Sketch of the medical history of the native army of Bombay, for the year
Year: 1872
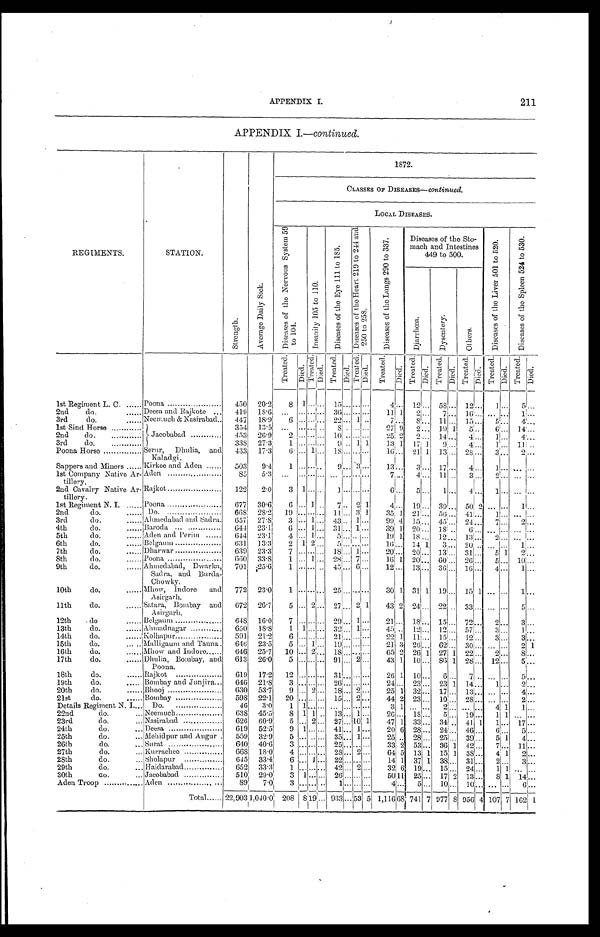
APPENDIX I.
211
APPENDIX I.—continued.
R E G I M E N T S .
S T A T I O N .
S t r e n g t h .
A v e r a g e D a i l y S i c k .
1 8 7 2 .
CLASSES OF DISEASES—continued.
L O C A L D I S E A S E S .
D i s e a s e s o f t h e N e r v o u s S y s t e m 5 9 t o 1 0 4 .
I n s a n i t y 1 0 5 t o 1 1 0 .
D i s e a s e s o f t h e E y e 1 1 1 t o 1 8 5 .
D i s e a s e s o f t h e H e a r t 2 1 9 t o 2 4 4 a n d 2 5 0 t o 2 5 8 .
D i s e a s e s o f t h e l u n g s 2 9 0 t o 3 3 7 .
D i s e a s e s o f t h e S t o - m a c h a n d I n t e s t i n e s 4 4 9 t o 5 0 0 .
D i s e a s e s o f t h e L i v e r 5 0 1 t o 5 2 0 .
D i s e a s e s o f t h e S p l e e n 5 2 4 t o 5 3 0 .
D i a r r h œ a .
D y s e n t e r y .
O t h e r s .
T r e a t e d .
D i e d .
T r e a t e d .
D i e d .
T r e a t e d .
D i e d .
T r e a t e d .
D i e d .
T r e a t e d .
D i e d .
T r e a t e d .
D i e d .
T r e a t e d . D i e d .
T r e a t e d .
D i e d
T r e a t e d .
D i e d .
T r e a t e d . D i e d .
1st Regiment L. C.
Poona 450 20·2
8
1 . . . . . .
1 5 . . . . . . . . .
4
. . .
1 2 . . .
5 8
. . .
1 2 . . .
1 . . .
5
. . .
2nd do.
Deesa and Rajkot 419 18·6 ...
. . . . . . . . . 3 6 . . . . . . . . .
1 1 1 2
. . . 7
. . .
1 6 . . . . . .
. . . 1
. . .
3rd do.
Neemuch & Nasi rabad 447 18·9
6 . . . . . . . . . 2 2 . . . 1 . . . 7
. . . 8
. . .
1 1 . . . 1 5
. . . 5
. . . 4
. . .
1st Sind Horse
Jacobabad
354 13·5 ...
. . . . . . . . . 8
. . . . . . . . .
2 7 9 2
. . .
1 9 1 5
. . . 6
. . . 1 4
. . .
2 n d d o .
453 26·9
2
. . . . . . . . .
1 0 . . . . . . . . .
2 5 2
2 . . . 1 4
. . . 4
. . . 1
. . . 4
. . .
3 r d d o .
338 27·3
1
. . . . . . . . .
9 . . . 1 1
1 3 1 1 7 1 9
. . . 4
. . . 1
. . . 1 1
. . .
Poona Horse
Ser ur , Dhul i a, and Kal adgi . 433 17·3
6
. . . 1 . . .
1 8 . . . . . . . . . 1 6
. . .
2 1 1 1 3
. . . 2 8
. . .
3 . . .
2 . . .
Sappers and Miners
Kirkee and Aden 503
9·4
1
. . . . . . . . . 9
. . . 3 . . . 1 3
. . . 3
. . .
1 7 . . .
4 . . .
1 . . . . . . . . .
1st Company Nat i ve Ar - t i l l er y.
Aden
85
5·3
. . .
. . . . . . . . . . . . . . . . . . . . . 7
. . . 4
. . . 1 1
. . . 3
. . . 2
. . . . . .
. . .
2nd Caval r y Nat i ve Ar - t i l l er y.
Rajkot 122
2·0
3
1 . . . . . .
1 . . . . . . . . . 6
. . . 5
. . . 1
. . . 4
. . . 1
. . . . . .
. . .
1st Regiment N. I.
Poona 677 30·6
6
. . . 1 . . .
7 . . . 2 1
4 . . .
1 9 . . . 3 9
. . .
5 0 2 . . . . . .
1 . . .
2nd do.
Do.
668 28·2 19
. . . . . . . . .
1 1 . . . 3 1
3 5 1 2 1 . . . 5 6
. . . 4 1
. . .
1 . . . . . . . . .
3rd do.
Ahmedabad and Sadra 657 27·8
3
. . . 1 . . .
4 3 . . . 1 . . .
9 9 4 1 5 . . . 4 5
. . . 2 4
. . . 7
. . . 2
. . .
4th
do.
B a r o d a
644 23·1
6
. . . 1 . . . 3 1
. . . 1 . . .
3 9 1 2 0 . . .
1 8 . . . 6
. . . . . . . . . . . . . . .
5th do.
Aden and Perim 644 23·1
4
. . . 1 . . . 5
. . . . . . . . .
1 9 1 1 8 . . . 1 2
. . . 1 3
. . . 2
. . . . . .
. . .
6th do.
Belgaum
6 3 1
13·3
2
1 2 . . . 5
. . . . . . . . .
1 6 . . . 1 4
1 3
. . .
2 0 . . . . . . . . . 1
. . .
7th do.
Dharwar 639 23·3
7
. . . . . . . . . 1 8
. . . 1 . . . 2 0
. . .
2 0 . . . 1 3
. . .
3 1 . . .
5 1 2
. . .
8th do.
Poona 660 33·8
1
. . . 1 . . . 2 8
. . . 7 . . .
1 6 1 2 0 . . . 6 0
. . .
2 6 . . . 5
. . . 1 0
. . .
9th do.
Ah me d a b a d , Dwa r k a , S a d r a , a n d B u r d a - C h o wl y .
701 25·6
1
. . .
. . . . . . 4 5
. . . 6 . . .
1 2
. . .
1 3 . . . 3 6
. . .
1 6 . . .
4
. . .
1 . . .
10th do.
Mhow, I ndor e and As i r gar h.
772 23·0
1
. . . . . . . . .
2 5 . . . . . . . . .
3 0 1 3 1 1 1 9 . . .
1 5 1 . . . . . . 1
. . .
11th do.
Sat ar a, Bombay and As i r gar h.
672 26·7
5
. . . 2 . . .
2 7 . . . 2
1
4 3 2 2 4
2 4
. . . 2 2 . . . 3 3 . . .
. . .
5 . . .
1 2 t h d o .
Belgaum
648 16·0
7
. . . . . . . . .
2 9 . . . 1 . . .
2 1 . . . 1 8
. . .
1 5 . . . 7 2
. . . 2
. . .
3 . . .
1 3 t h d o .
Ahmadnagar
650 18·8
1
1 1 . . .
3 2 . . . 1 . . .
4 5 . . . 1 2
. . . 1 2
. . . 5 7
. . .
3 . . . 1
. . .
1 4 t h d o .
Kolhapur
591 21·2
6
. . . . . . . . . 2 1 . . . . . . . . .
2 2 1 1 1
. . . 1 5
. . . 1 2
. . . 3
. . . 3
. . .
15th do.
M a l i g a u m a n d T a n n a 646 23·5
5
. . . . . . 1
1 9 . . . . . . . . .
2 1 3 2 6
1 6 2
1
3 0 . . . . . . . . .
2 1
16th do.
Mhow and Indore
646 25·7 10
. . . . . . 2
1 8 . . . . . . . . .
6 5 2 2 6 . . . 2 7 1 2 2 . . . 2
. . . 8
. . .
17th do.
Dhul i a, Bombay, and Poona.
613 26·0
5
. . . . . . . . .
9 1 . . . 2
. . .
4 3 1 1 0
. . .
8 6 1 2 8
. . . 1 2
. . . 5
. . .
1 8 t h d o .
Rajkot
619 17·2 12
. . . . . . . . .
3 1 . . . . . . . . .
2 6 1 1 0
. . . 6
. . .
7 . . . . . .
. . . 5
. . .
19th do.
Bombay and Junj i ra
646 21·8
3
. . . . . . . . .
2 6 . . . . . . . . . 2 4
. . . 2 3
. . . 2 3
1 1 4
. . . 1
. . . 2
. . .
2 0 t h d o .
Bhooj
630 53·7
9
. . . 2 . . . 1 8
. . . 2 . . .
2 5 1 3 2
. . . 1 7
. . . 1 3
. . . . . .
. . . 4
. . .
21th do.
Bombay
598 22·1 20
. . . . . . . . .
1 5 . . . 2 . . .
4 4 2 2 3
. . . 1 0
. . . 2 8
. . . . . .
. . . 2
. . .
Details Regiment N. I.
D o .
4 6
3 · 0
1
1 . . . . . . . . .
. . . . . . . . . 3
1
. . . . . . 2
. . .
. . . . . . 4
1 1
. . .
22nd do.
Neemuch
638 45·5
8 1 1 . . . 1 3
. . . 1 . . .
2 6 . . . 1 8
. . . 5
. . .
1 9 . . . 1
1 . . .
. . .
23rd do.
N a s i r a b a d
626 60·9
5
. . . 2 . . . 2 7
. . . 1 0 1
4 7 1 3 3
. . . 3 4
. . .
4 1 1 1
. . .
1 7 . . .
24th do.
Deesa
619 52·5
9
1 . . . . . . 4 1
. . . 1 . . .
2 0 6 2 8
. . . 2 4
. . .
4 6 . . . 6
. . . 5
. . .
25th do.
Mehi dpur and Augur 559 32·9
5
. . . . . . . . . 3 5
. . . 1 . . .
2 5 . . . 2 8
. . . 2 5
. . . 3 9
. . . 5
1 4
. . .
26th do.
Surat
640 40·6
3
. . . . . . . . .
2 5 . . . . . . . . .
3 3 2 5 3
. . . 3 6
1 4 2
. . . 7
. . .
1 1 . . .
27th do.
Kurrachee
6 6 8
18·0
4
. . . . . . . . . 2 8
. . . 2 . . .
6 4 5 1 3
1 1 4
1 3 8
. . . 4
1 2
. . .
28th do.
Sholapur
645 33·4
6
. . . 1 . . .
2 2 . . . . . . . . .
1 4 1 3 7
1 3 8
. . . 3 1
. . . 2
. . . 3
. . .
29th do.
Haidarabad
652 33·3
1
. . . . . . . . .
4 2 . . . 2 . . .
3 2 6 1 9
. . . 1 5
. . .
2 4 . . . 1
1 . . .
. . .
30th do.
Jacobabad
510 29·0
3
1 . . . . . .
2 6 . . . . . . . . . 5 0
1 1
2 5 . . . 1 7
2 1 3
. . . 8
1 1 4
. . .
Aden Troop
Aden
89
7 · 0
3
. . . . . . . . . 1
. . . . . . . . . 4
. . . 5
. . . 1 0
. . . 1 0
. . . . . .
. . . 6
. . .
T o t a l
2 2 , 9 0 3
1 , 0 4 0 · 0
2 0 8
8
1 9 . . .
9 3 3
. . .
5 3
5
1 , 1 1 6
6 8
7 4 1
7
9 7 7
8
9 5 6
4
1 0 7
7
1 6 2
1